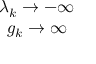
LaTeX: \begin{array} { c } { { \lambda _ { k } \rightarrow - \infty } } \\ { { g _ { k } \rightarrow \infty } } \end{array}